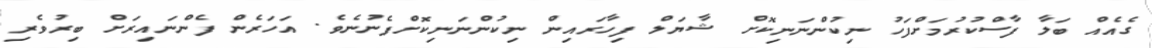
ގެއެއް ބަލާ ފާސްކުރުމަށްފަހު ނިކުންނަނިކޮށް ޝާޔަލް ފިހާރައިން ނިކުންނަނިކޮށްފެނުނެވެ. އަހަރެން ފެންނައިރަށް ބިރުވެރި